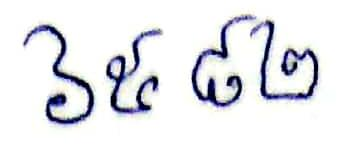
៦៥៨២